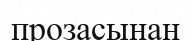
прозасынан